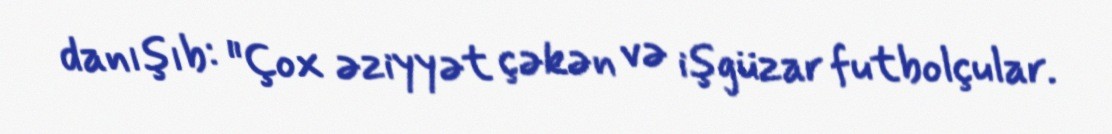
danışıb: "Çox əziyyət çəkən və işgüzar futbolçular.